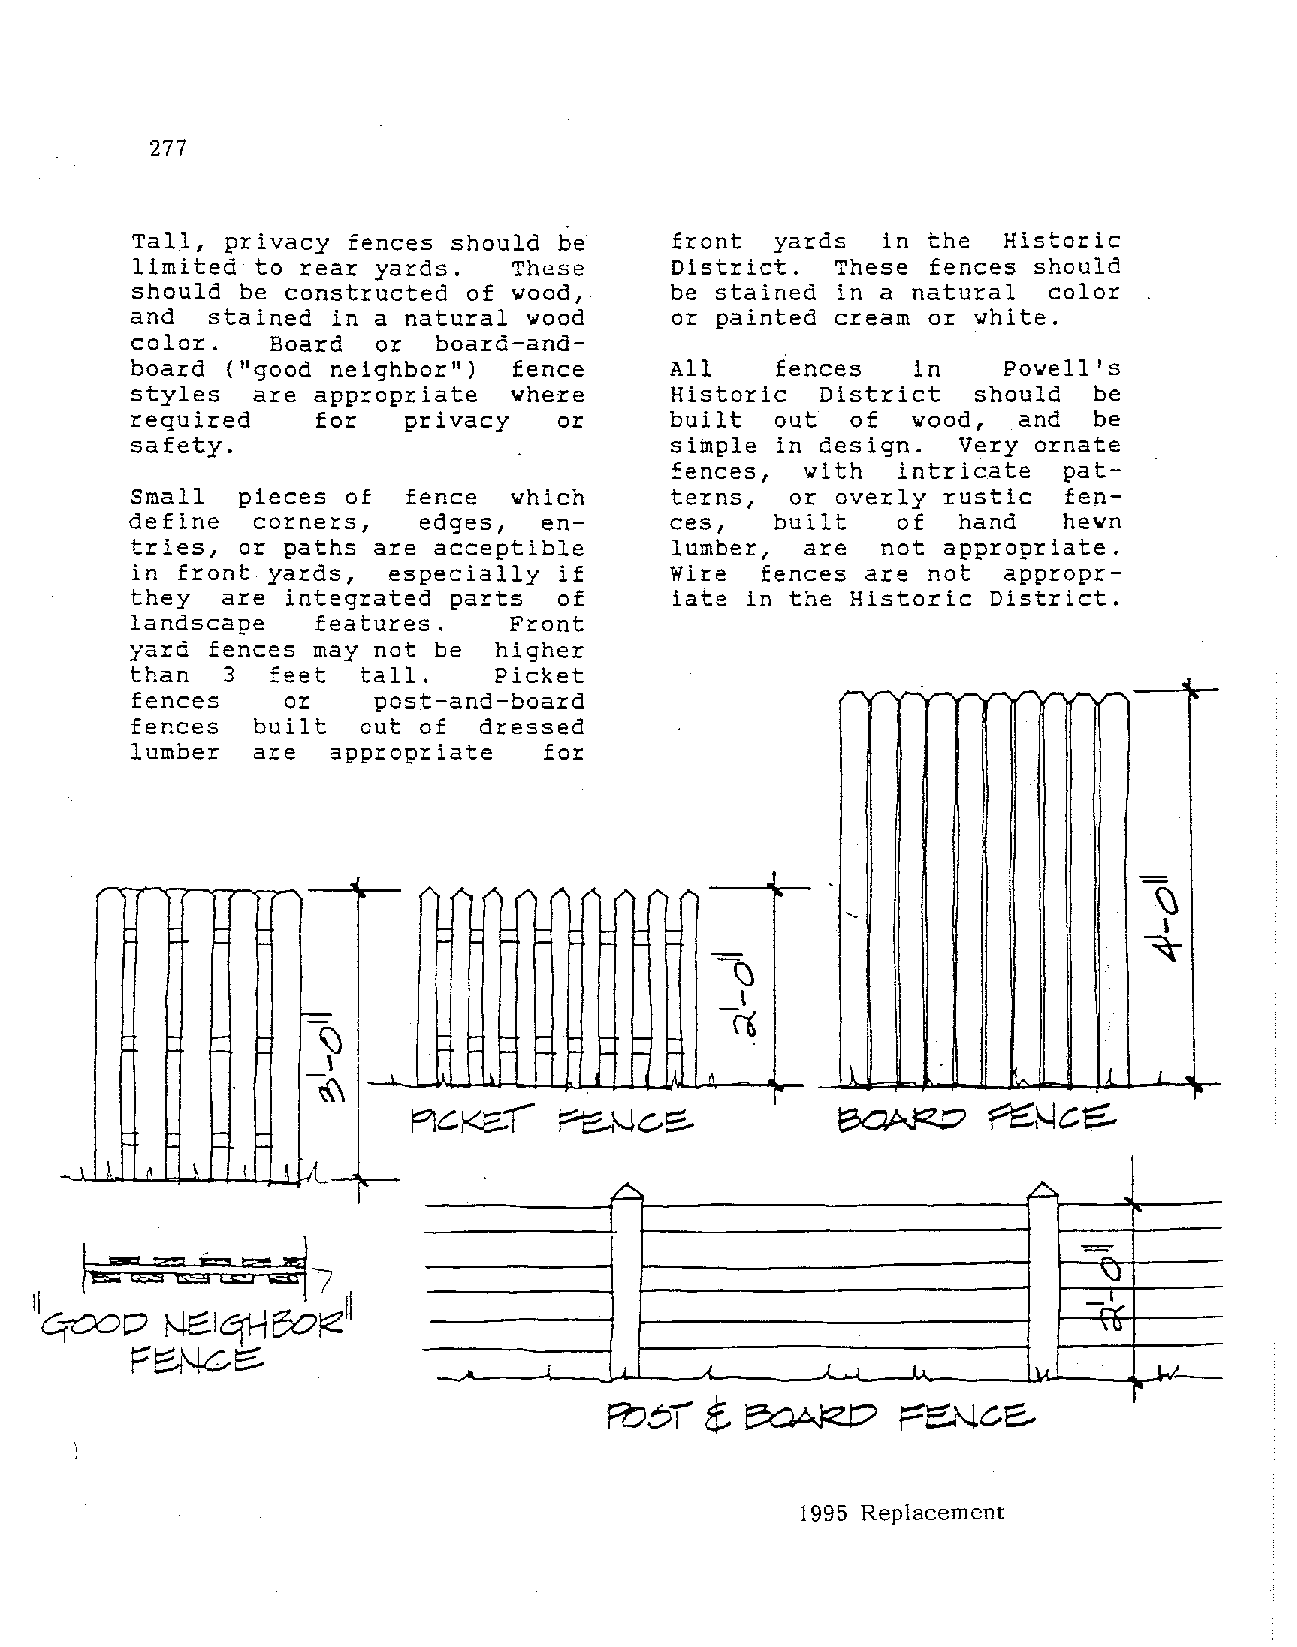
277
 Tal1, privacy fences should be     front  yards  in the  Historic
 limited to rear yards.   These     District.  These fences should
 should be constructed of wood,     be stained in a natural  color
 and  stained in a natural wood     or painted cream or white.
 color.   Board  or  board-and
 board ("good neighbor")  fence     All    fences   in    Powell's
 styles  are appropriate  where     Historic  District  should  be
 required    for   privacy   or     built  out  of  wood,  and  be
 safety.                            simple in design.  Very ornate
 fences,  with  intricate  pat
 Small  pieces of  fence  which     terns,  or overly rustic  fen
 define  corners,   edges,  en      ces,   built   of  hand   hewn
 tries, or paths are acceptible     lumber,  are  not appropriate.
 in front yards,  especially if     Wire  fences are not  appropr
 they  are integrated parts  of     iate in the Historic District.
 landscape   features.    Front
 yard fences may not be  higher
 than  3  feet  tall.    Picket
 fences    or    post-and-board                 ~r"' ·~    ,...,~ r'
 fences  built  out of  dressed
 lumber  are  appropriate   for
 -
 <" 1'- /' "' I' /' "" ,..                       \J
 ·-
 I
 ~ 1=
 ~
 \J
 I
 =                          -<1
 \)
 ~
 I
 -\\\ -l..   I I            '        lk               1  L
 Pl~~~     ~\..)C..~
 .1 J. ' I  I  I L
 1995 Replacement